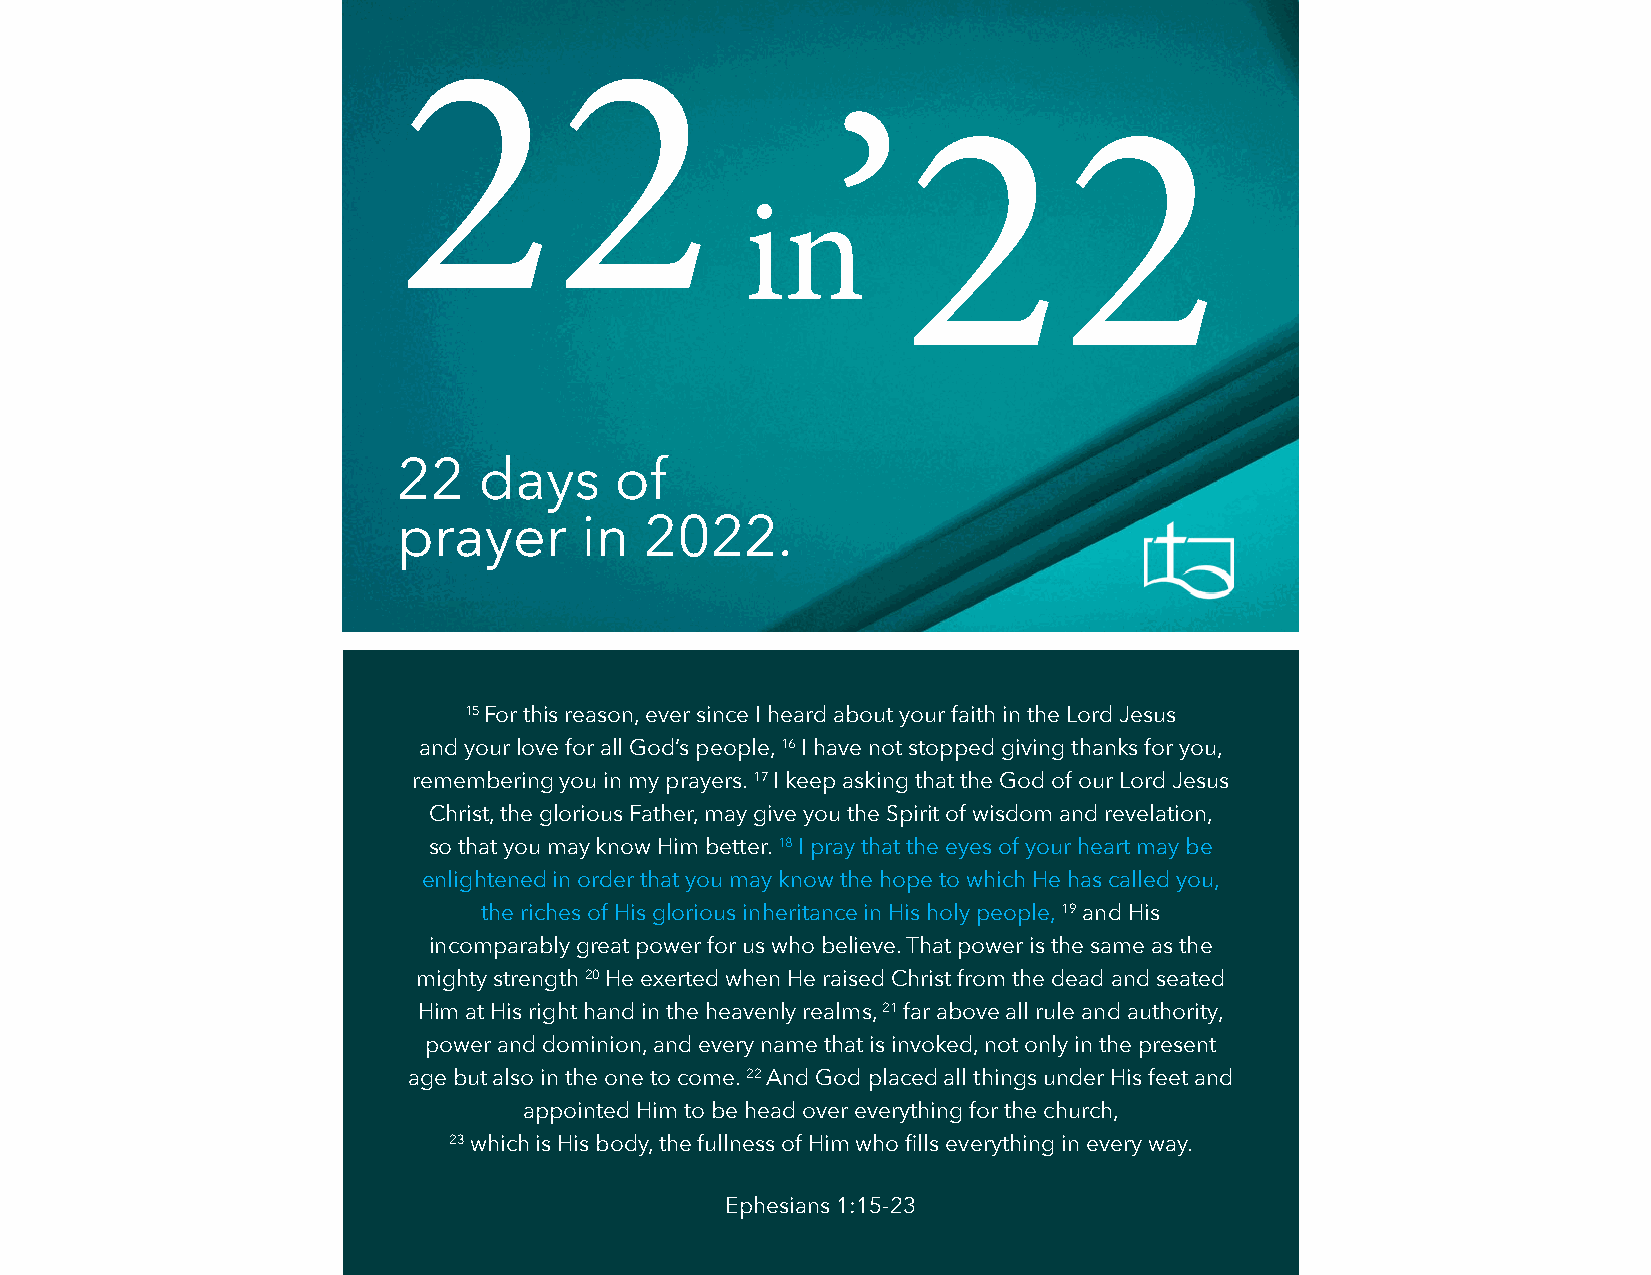
22
 ’22
 in
 22    days     of
 prayer      in   2022.
 15 For this reason, ever since I heard about your faith in the Lord Jesus
 and your love for all God’s people, 16 I have not stopped giving thanks for you,
 remembering you in my prayers. 17 I keep asking that the God of our Lord Jesus
 Christ, the glorious Father, may give you the Spirit of wisdom and revelation,
 so that you may know Him better. 18 I pray that the eyes of your heart may be
 enlightened in order that you may know the hope to which He has called you,
 the riches of His glorious inheritance in His holy people, 19 and His
 incomparably great power for us who believe. That power is the same as the
 mighty strength 20 He exerted when He raised Christ from the dead and seated
 Him at His right hand in the heavenly realms, 21 far above all rule and authority,
 power and dominion, and every name that is invoked, not only in the present
 age but also in the one to come. 22 And God placed all things under His feet and
 appointed Him to be head over everything for the church,
 23 which is His body, the fullness of Him who fills everything in every way.
 Ephesians 1:15-23